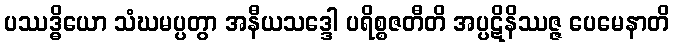
ပဿဒ္ဓိယော သံဃမပ္ပတွာ အနီယသဒ္ဒေါ ပရိစ္စဇတီတိ အပ္ပဋိနိဿဇ္ဇ ပေမေနာတိ